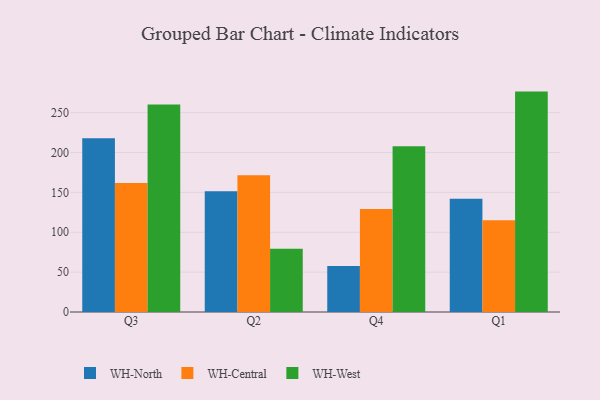
{"axis": {"x": "Quarter", "y": "Conversion Rate (%)"}, "legend": ["WH-Central", "WH-North", "WH-West"], "data": [{"x": "Q3", "y": 218.0, "type": "WH-North"}, {"x": "Q3", "y": 161.7, "type": "WH-Central"}, {"x": "Q3", "y": 260.3, "type": "WH-West"}, {"x": "Q2", "y": 151.3, "type": "WH-North"}, {"x": "Q2", "y": 171.6, "type": "WH-Central"}, {"x": "Q2", "y": 79.3, "type": "WH-West"}, {"x": "Q4", "y": 57.6, "type": "WH-North"}, {"x": "Q4", "y": 129.2, "type": "WH-Central"}, {"x": "Q4", "y": 208.0, "type": "WH-West"}, {"x": "Q1", "y": 142.1, "type": "WH-North"}, {"x": "Q1", "y": 115.0, "type": "WH-Central"}, {"x": "Q1", "y": 276.4, "type": "WH-West"}]}